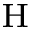
{ } ^ { \mathrm { H } }